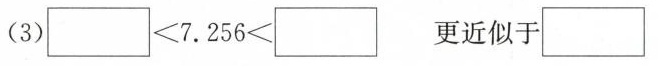
（3）$$□ ＜ 7 . 2 5 6 ＜ □$$ 更近似于□